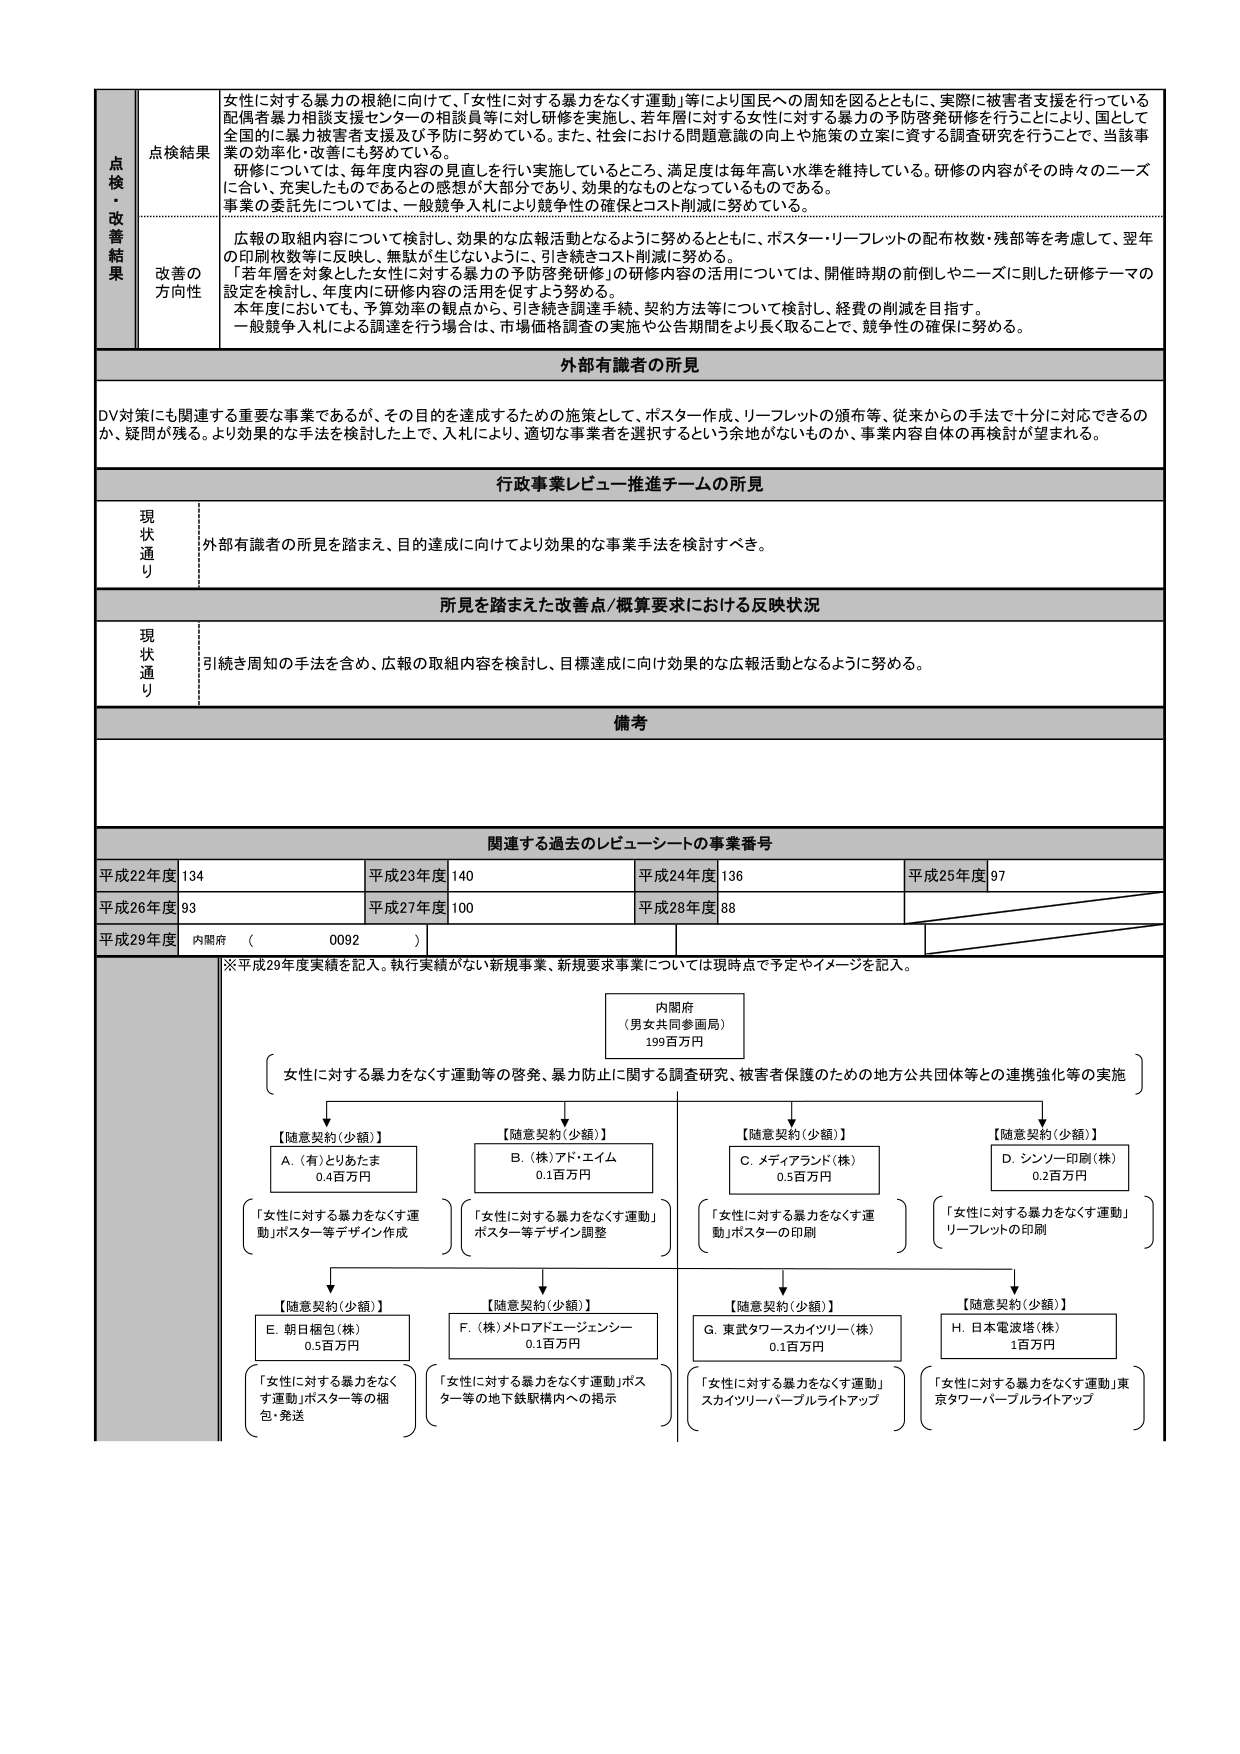
点検・改善結果
点検結果
女性に対する暴力の根絶に向けて、「女性に対する暴力をなくす運動」等により国民への周知を図るとともに、実際に被害者支援を行っている配偶者暴力相談支援センターの相談員等に対し研修を実施し、若年層に対する女性に対する暴力の予防啓発研修を行うことにより、国として全国的に暴力被害者支援及び予防に努めている。また、社会における問題意識の向上や施策の立案に資する調査研究を行うことで、当該事業の効率化・改善にも努めている。
研修については、毎年度内容の見直しを行い実施しているところ、満足度は毎年高い水準を維持している。研修の内容がその時々のニーズに合い、充実したものであるとの感想が大部分であり、効果的なものとなっているものである。
事業の委託先については、一般競争入札により競争性の確保とコスト削減に努めている。

改善の方向性
広報の取組内容について検討し、効果的な広報活動となるように努めるとともに、ポスター・リーフレットの配布枚数・残部等を考慮して、翌年の印刷枚数等に反映し、無駄が生じないように、引き続きコスト削減に努める。
「若年層を対象とした女性に対する暴力の予防啓発研修」の研修内容の活用については、開催時期の前倒しやニーズに則した研修テーマの設定を検討し、年度内に研修内容の活用を促すよう努める。
本年度においても、予算効率の観点から、引き続き調達手続、契約方法等について検討し、経費の削減を目指す。
一般競争入札による調達を行う場合は、市場価格調査の実施や公告期間をより長く取ることで、競争性の確保に努める。

外部有識者の所見
DV対策にも関連する重要な事業であるが、その目的を達成するための施策として、ポスター作成、リーフレットの頒布等、従来からの手法で十分に対応できるのか、疑問が残る。より効果的な手法を検討した上で、入札により、適切な事業者を選択するという余地がないものか、事業内容自体の再検討が望まれる。

行政事業レビュー推進チームの所見
現状通り
外部有識者の所見を踏まえ、目的達成に向けてより効果的な事業手法を検討すべき。

所見を踏まえた改善点／概算要求における反映状況
現状通り
引き続き周知の手法を含め、広報の取組内容を検討し、目標達成に向け効果的な広報活動となるように努める。

備考

関連する過去のレビューシートの事業番号
平成22年度 134
平成23年度 140
平成24年度 136
平成25年度 97
平成26年度 93
平成27年度 100
平成28年度 88
平成29年度 内閣府 （ 0092 ）

※平成29年度実績を記入。執行実績がない新規事業、新規要求事業については現時点で予定やイメージを記入。

内閣府
（男女共同参画局）
199百万円

女性に対する暴力をなくす運動等の啓発、暴力防止に関する調査研究、被害者保護のための地方公共団体等との連携強化等の実施

【随意契約（少額）】
A. （有）とりあたま
0.4百万円
「女性に対する暴力をなくす運動」ポスター等デザイン作成

【随意契約（少額）】
B. （株）アド・エイム
0.1百万円
「女性に対する暴力をなくす運動」ポスター等デザイン調整

【随意契約（少額）】
C. メディアランド（株）
0.5百万円
「女性に対する暴力をなくす運動」ポスターの印刷

【随意契約（少額）】
D. シンソー印刷（株）
0.2百万円
「女性に対する暴力をなくす運動」リーフレットの印刷

【随意契約（少額）】
E. 朝日梱包（株）
0.5百万円
「女性に対する暴力をなくす運動」ポスター等の梱包・発送

【随意契約（少額）】
F. （株）メトロアドエージェンシー
0.1百万円
「女性に対する暴力をなくす運動」ポスター等の地下鉄駅構内への掲示

【随意契約（少額）】
G. 東武タワースカイツリー（株）
0.1百万円
「女性に対する暴力をなくす運動」スカイツリーパーブルライトアップ

【随意契約（少額）】
H. 日本電波塔（株）
1百万円
「女性に対する暴力をなくす運動」東京タワーパーブルライトアップ